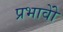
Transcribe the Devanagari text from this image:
प्रभावोें